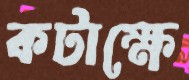
কটাক্ষে